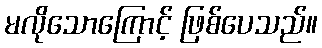
မလိုသောကြောင့် ဖြစ်ပေသည်။